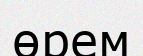
өрем